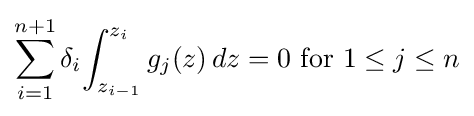
\sum _{i=1}^{n+1}\delta _{i}\!\int _{z_{i-1}}^{z_{i}}g_{j}(z)\,dz=0{\text{ for }}1\leq j\leq n